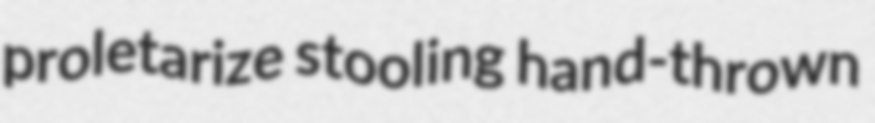
proletarize stooling hand-thrown